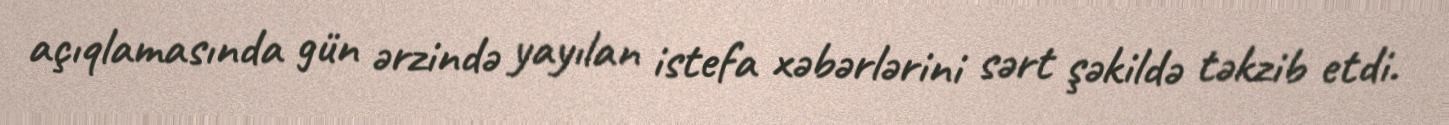
açıqlamasında gün ərzində yayılan istefa xəbərlərini sərt şəkildə təkzib etdi.